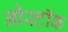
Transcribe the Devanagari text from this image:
नौस्टॉक